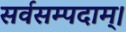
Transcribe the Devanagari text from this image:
सर्वसम्पदाम्‌।